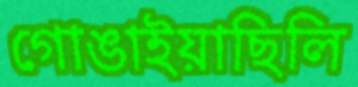
গোঙাইয়াছিলি